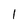
Character: 1